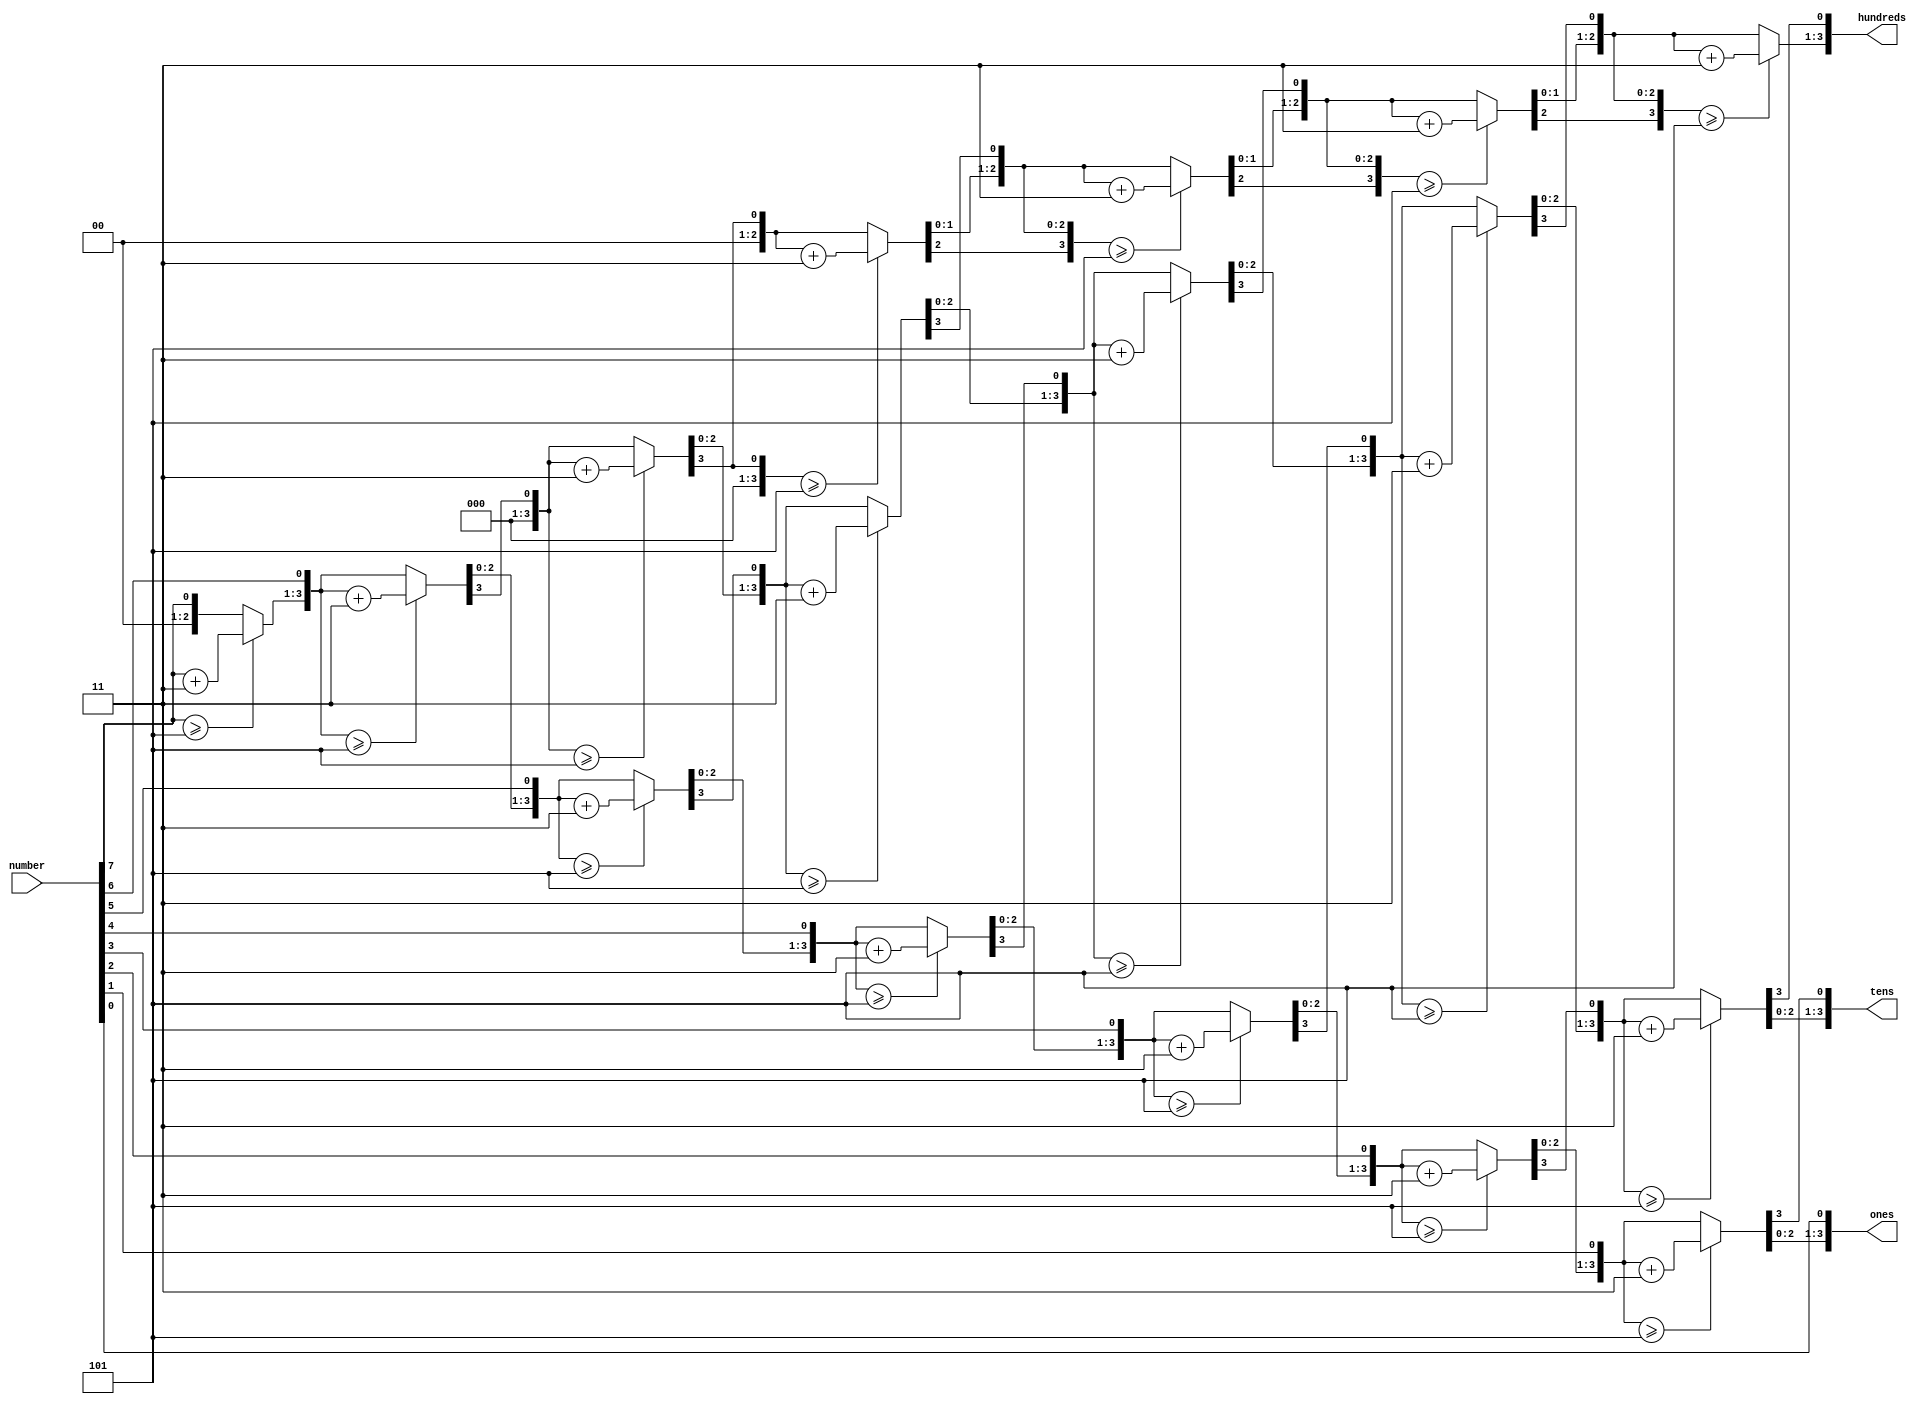
`timescale 1ns / 1ps
//////////////////////////////////////////////////////////////////////////////////
// Company: 
// Engineer: 
// 
// Design Name: 
// Module Name: binToBcd
// Project Name: 
// Target Devices: 
// Tool Versions: 
// Description: 
// 
// Dependencies: 
// 
// Revision:
// Revision 0.01 - File Created
// Additional Comments:
// 
//////////////////////////////////////////////////////////////////////////////////


module binToBcd( 
   input [7:0] number , 
    //output reg [3:0] thousands, 
    output reg [3:0] hundreds, 
    output reg [3:0] tens, 
    output reg [3:0] ones
    );

    reg [19:0] shift = 0;
    integer i;
    
    always @(number)
    begin
        
        shift[19:8] = 0;
        shift[7:0] = number;
        
        for (i=0; i<8; i=i+1)
        begin
            if (shift[11:8] >= 5)
                shift[11:8] = shift[11:8] + 3;
    
            if (shift[15:12] >= 5)
                shift[15:12] = shift[15:12] + 3;
    
            if (shift[19:16] >= 5)
                shift[19:16] = shift[19:16] + 3;
                
            shift = shift << 1;
        end
    
      //  thousands = 4'b0000; // as an 8-bit number can be stored in 3 digit BCD code.
        hundreds = shift[19:16];
        tens = shift[15:12];
        ones = shift[11:8];
    
    end
               
    
endmodule